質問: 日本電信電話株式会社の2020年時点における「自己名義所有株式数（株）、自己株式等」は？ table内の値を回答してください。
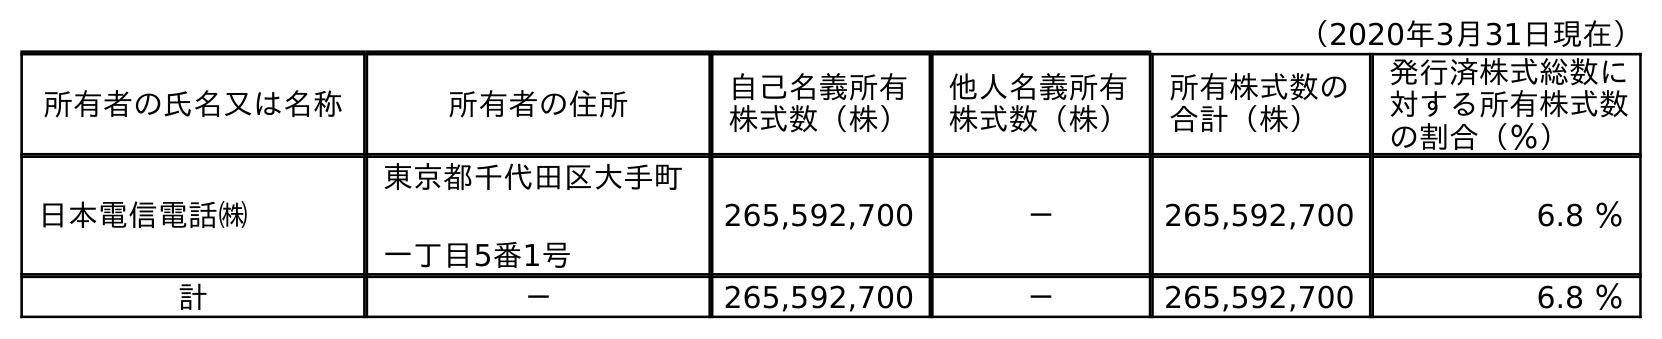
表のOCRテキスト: （2020年3月31日現在） 所有者の氏名又は名称 所有者の住所 自己名義所有 株式数（株） 他人名義所有 株式数（株） 所有株式数の 合計（株） 発行済株式総数に 対する所有株式数 の割合（％） 日本電信電話㈱ 東京都千代田区大手町 一丁目5番1号 265,592,700 － 265,592,700 6.8 ％ 計 － 265,592,700 － 265,592,700 6.8 ％
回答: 265,592,700